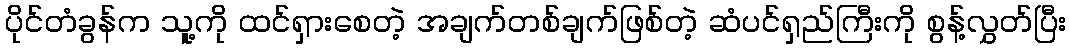
ပိုင်တံခွန်က သူ့ကို ထင်ရှားစေတဲ့ အချက်တစ်ချက်ဖြစ်တဲ့ ဆံပင်ရှည်ကြီးကို စွန့်လွှတ်ပြီး